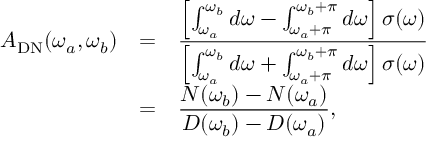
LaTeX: \begin{array} { r c l } { { A _ { \mathrm { D N } } ( \omega _ { a } , \omega _ { b } ) } } & { { = } } & { { \displaystyle \frac { \left[ \int _ { \omega _ { a } } ^ { \omega _ { b } } d \omega - \int _ { \omega _ { a } + \pi } ^ { \omega _ { b } + \pi } d \omega \right] \sigma ( \omega ) } { \left[ \int _ { \omega _ { a } } ^ { \omega _ { b } } d \omega + \int _ { \omega _ { a } + \pi } ^ { \omega _ { b } + \pi } d \omega \right] \sigma ( \omega ) } } } \\ { { } } & { { = } } & { { \displaystyle \frac { N ( \omega _ { b } ) - N ( \omega _ { a } ) } { D ( \omega _ { b } ) - D ( \omega _ { a } ) } , } } \end{array}